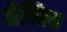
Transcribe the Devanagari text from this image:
ग्रेसिए